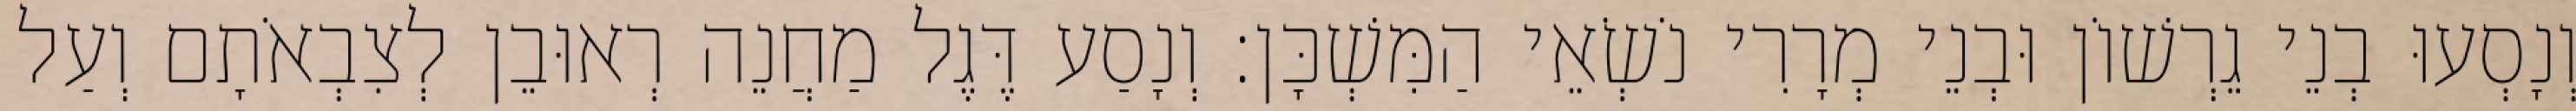
וְנָסְעוּ בְנֵי גֵרְשׁוֹן וּבְנֵי מְרָרִי נֹשְׂאֵי הַמִּשְׁכָּן׃ וְנָסַע דֶּגֶל מַחֲנֵה רְאוּבֵן לְצִבְאֹתָם וְעַל